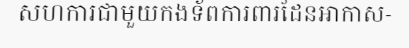
សហការជាមួយកងទ័ពការពារដែនអាកាស-